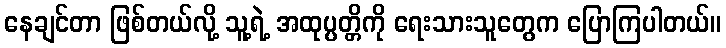
နေချင်တာ ဖြစ်တယ်လို့ သူ့ရဲ့ အထုပ္ပတ္တိကို ရေးသားသူတွေက ပြောကြပါတယ်။